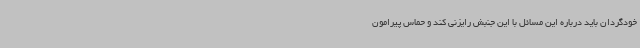
خودگردان باید درباره این مسائل با این جنبش رایزنی کند و حماس پیرامون